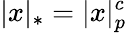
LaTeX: |x|_{*}=|x|_{p}^{c}